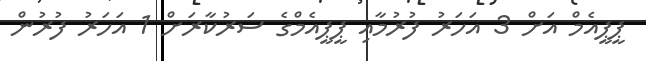
ޕީޕީއެމް އަށް 3 އަހަރު ފުރުމާއި ޕީޕީއެމްގެ ސަރުކާރަށް 1 އަހަރު ފުރުން